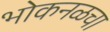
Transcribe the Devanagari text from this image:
भोकनळचा